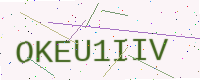
Text: OKEU1IIV